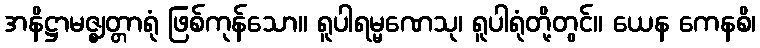
အနိဋ္ဌာမဇ္ဈတ္တာရုံ ဖြစ်ကုန်သော။ ရူပါရမ္မဏေသု၊ ရူပါရုံတို့တွင်။ ယေန ကေနစိ၊